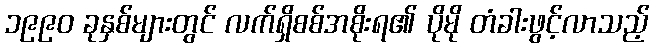
၁၉၉၀ ခုနှစ်များတွင် လက်ရှိစစ်အစိုးရ၏ ပိုမို တံခါးဖွင့်လာသည့်